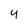
Character: 4